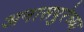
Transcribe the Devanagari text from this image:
अनासपुरेच्या